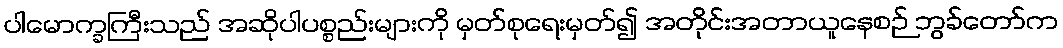
ပါမောက္ခကြီးသည် အဆိုပါပစ္စည်းများကို မှတ်စုရေးမှတ်၍ အတိုင်းအတာယူနေစဉ် ဘွခ်တော်က